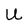
Character: U